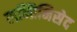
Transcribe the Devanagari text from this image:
लन्तिनिसेद